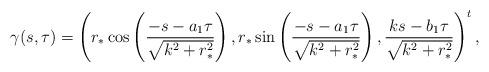
LaTeX: \begin{align*}\gamma(s,\tau)=\left( r_*\cos\left( \frac{-s-a_1\tau}{\sqrt{k^2+r_*^2}}\right), r_*\sin\left( \frac{-s-a_1\tau}{\sqrt{k^2+r_*^2}}\right), \frac{ks-b_1\tau}{\sqrt{k^2+r_*^2}}\right)^t,\end{align*}